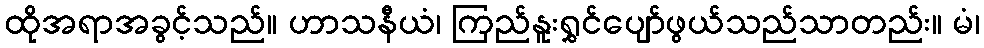
ထိုအရာအခွင့်သည်။ ဟာသနီယံ၊ ကြည်နူးရွှင်ပျော်ဖွယ်သည်သာတည်း။ မံ၊